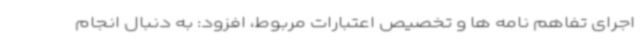
اجرای تفاهم نامه ها و تخصیص اعتبارات مربوط، افزود: به دنبال انجام